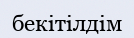
бекітілдім